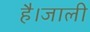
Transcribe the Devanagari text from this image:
है।जाली